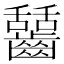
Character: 𪙬